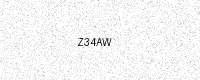
Text: Z34AW